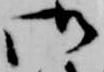
御